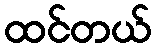
ထင်တယ်